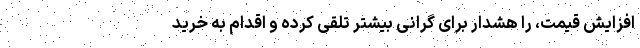
افزایش قیمت، را هشدار برای گرانی بیشتر تلقی کرده و اقدام به خرید